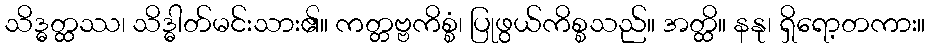
သိဒ္ဓတ္ထဿ၊ သိဒ္ဓါတ်မင်းသား၏။ ကတ္တဗ္ဗကိစ္စံ၊ ပြုဖွယ်ကိစ္စသည်။ အတ္ထိ။ နနု၊ ရှိရော့တကား။